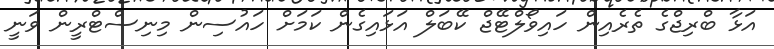
އަޅާ ބްރިޖްގެ ތެރެއިން ހައިވޯލްޓޭޖް ކޭބަލް އަޅައިގެން ކަމަށް ހައުސިން މިނިސްޓްރީން ވަނީ